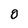
Character: 0